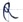
Text: R